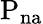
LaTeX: \mathrm{{P_{na}}}